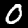
Label: 0